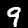
Digit: 9